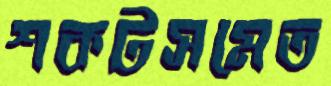
শকটসমেত